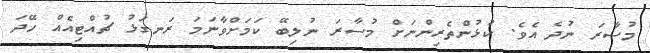
މުސާރަ ނުދެ އެވެ. ކުޅުންތެރިންނަށް މުސާރަ ނުލިބޭ ކަމަށްވާނަމަ ރަނގަޅު ޗުއްޓިއެއް ހޭދަ